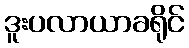
ဒူးပလာယာခရိုင်